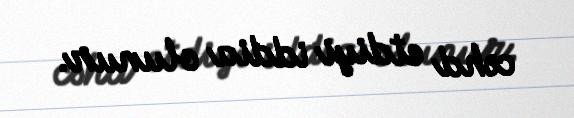
cəhd etdiyi iddia olunur.